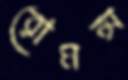
রোমন্স